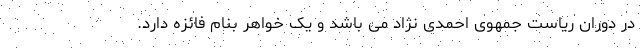
در دوران ریاست جمهوی احمدی نژاد می باشد و یک خواهر بنام فائزه دارد.